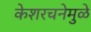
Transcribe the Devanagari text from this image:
केशरचनेमुळे